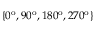
\{ 0 ^ { \mathrm { o } } , 9 0 ^ { \mathrm { o } } , 1 8 0 ^ { \mathrm { o } } , 2 7 0 ^ { \mathrm { o } } \}